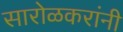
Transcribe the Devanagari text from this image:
सारोळकरांनी